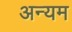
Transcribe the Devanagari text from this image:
अन्यम